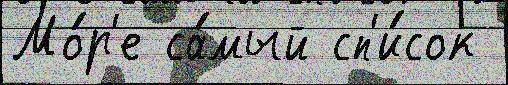
Мо́р'е са́мый сп'и́сок